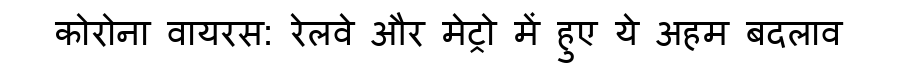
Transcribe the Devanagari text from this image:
कोरोना वायरस: रेलवे और मेट्रो में हुए ये अहम बदलाव